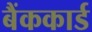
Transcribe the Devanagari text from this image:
बैंककार्ड